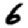
Digit: 6